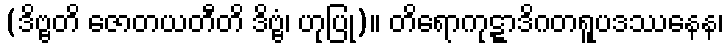
(ဒိဗ္ဗတိ ဇောတယတီတိ ဒိဗ္ဗံ၊ ဟုပြု)။ တိရောကုဋ္ဋာဒိဂတရူပဒဿနေန၊